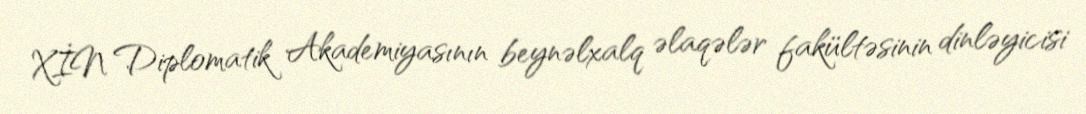
XİN Diplomatik Akademiyasının beynəlxalq əlaqələr fakültəsinin dinləyicisi